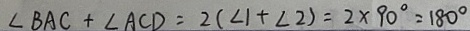
\angle B A C + \angle A C D = 2 ( \angle 1 + \angle 2 ) = 2 \times 9 0 ^ { \circ } = 1 8 0 ^ { \circ }